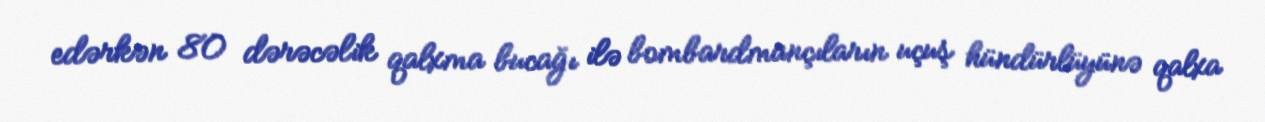
edərkən 80 dərəcəlik qalxma bucağı ilə bombardmançıların uçuş hündürlüyünə qalxa